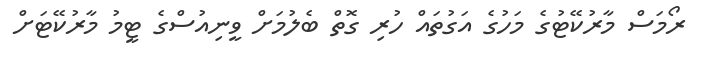
ރޯމަސް މާރުކޭޓުގެ މަހުގެ އަގުތައް ހުރި ގޮތް ބެލުމަށް ވީނިއުސްގެ ޓީމު މާރުކޭޓަށް